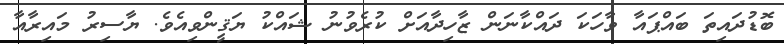
ބޮޑުދައިތަ ބައްޕައާ ވާހަކަ ދައްކާނަން ޒާހިދާއަށް ކުރެވުނު ޝައްކު ޔަޤީންވިއެވެ. ޔާސިރު މައިރާއާ